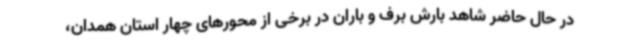
در حال حاضر شاهد بارش برف و باران در برخی از محورهای چهار استان همدان،